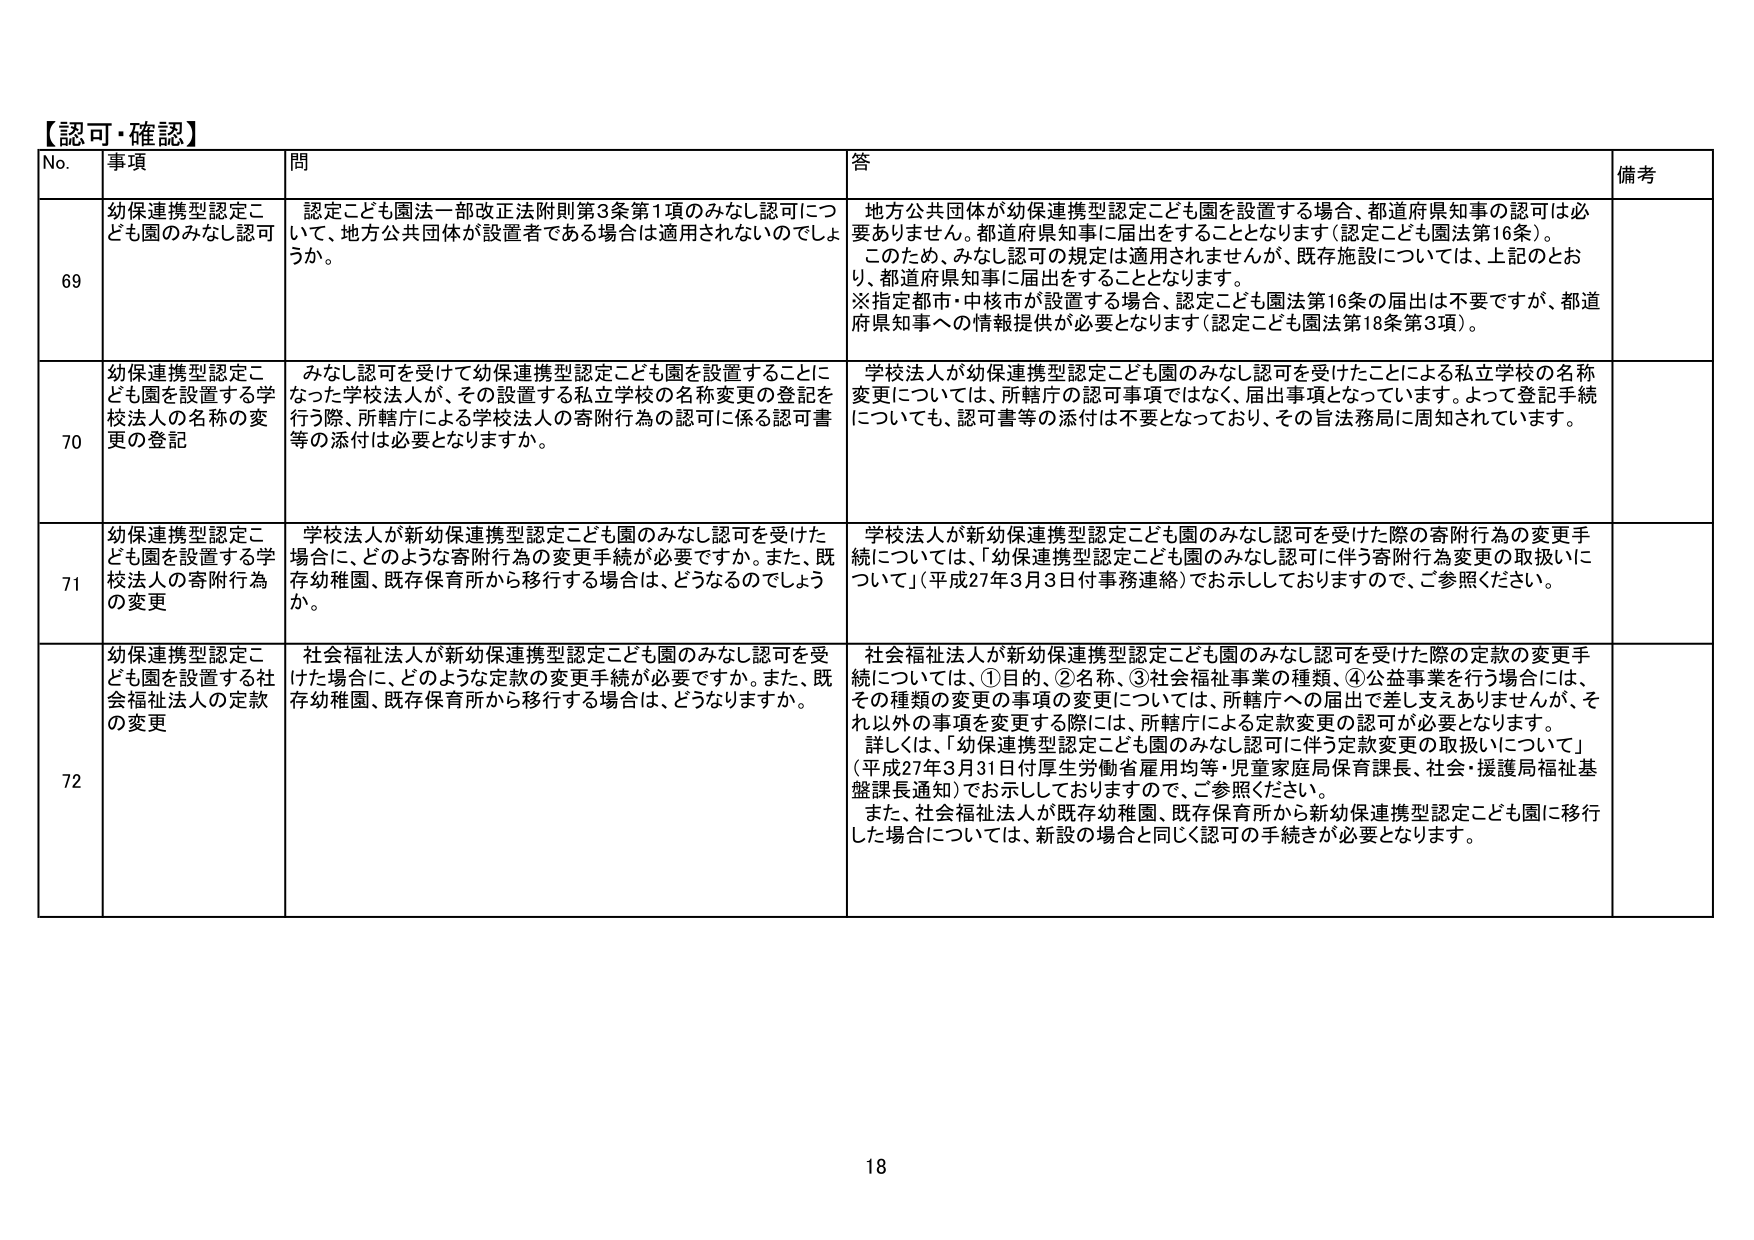
【認可・確認】
No. 事項 問 答 備考
69 幼保連携型認定こども園のみなし認可 認定こども園法一部改正法附則第3条第1項のみなし認可について、地方公共団体が設置者である場合は適用されないのでしょうか。 地方公共団体が幼保連携型認定こども園を設置する場合、都道府県知事の認可是必要ありません。都道府県知事に届出をすることとなります（認定こども園法第16条）。 このため、みなし認可の規定は適用されませんが、既存施設については、上記のとおり、都道府県知事に届出することとなります。 ※指定都市・中核市が設置する場合、認定こども園法第16条の届出は不要ですが、都道府県知事への情報提供が必要となります（認定こども園法第18条第3項）。
70 幼保連携型認定こども園を設置する学校法人の名称の変更の登記 みなし認可を受けて幼保連携型認定こども園を設置することになった学校法人が、その設置する私立学校の名称変更の登記を行う際、所轄庁による学校法人の寄附行為の認可に係る認可書等の添付は必要となりますか。 学校法人が幼保連携型認定こども園のみなし認可を受けたことによる私立学校の名称変更については、所轄庁の認可事項ではなく、届出事項となっています。よって登記手続についても、認可書等の添付は不要となっており、その旨法務局に周知されています。
71 幼保連携型認定こども園を設置する学校法人の寄附行為の変更 学校法人が新幼保連携型認定こども園のみなし認可を受けた場合に、どのような寄附行為の変更手続が必要ですか。また、既存幼稚園、既存保育所から移行する場合は、どうなるのでしょうか。 学校法人が新幼保連携型認定こども園のみなし認可を受けた際の寄附行為の変更手続については、「幼保連携型認定こども園のみなし認可に伴う寄附行為変更の取扱いについて」（平成27年3月3日付事務連絡）でお示ししておりますので、ご参照ください。
72 幼保連携型認定こども園を設置する社会福祉法人の定款の変更 社会福祉法人が新幼保連携型認定こども園のみなし認可を受けた場合に、どのような定款の変更手続が必要ですか。また、既存幼稚園、既存保育所から移行する場合は、どうなりますか。 社会福祉法人が新幼保連携型認定こども園のみなし認可を受けた際の定款の変更手続については、①目的、②名称、③社会福祉事業の種類、④公益事業を行う場合には、その種類の変更の事項の変更については、所轄庁への届出で差し支えありませんが、それ以外の事項を変更する際には、所轄庁による定款変更の認可が必要となります。 詳しくは、「幼保連携型認定こども園のみなし認可に伴う定款変更の取扱いについて」（平成27年3月31日付厚生労働省雇用均等・児童家庭局保育課長、社会・援護局福祉基盤課長通知）でお示ししておりますので、ご参照ください。 また、社会福祉法人が既存幼稚園、既存保育所から新幼保連携型認定こども園に移行した場合については、新設の場合と同じく認可の手続きが必要となります。
18